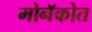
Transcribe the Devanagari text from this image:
मोनॅकोत